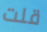
قلت